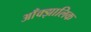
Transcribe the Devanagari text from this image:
आँक्झालिक